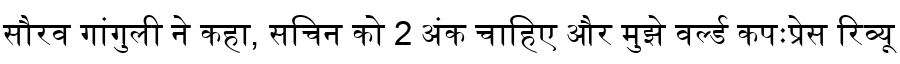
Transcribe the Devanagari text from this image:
सौरव गांगुली ने कहा, सचिन को 2 अंक चाहिए और मुझे वर्ल्ड कपःप्रेस रिव्यू